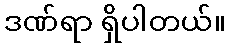
ဒဏ်ရာ ရှိပါတယ်။